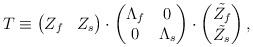
LaTeX: \begin{align*}T\equiv\begin{pmatrix}Z_{f} & Z_{s}\end{pmatrix}\cdot\begin{pmatrix}\Lambda_{f} & 0\\0 & \Lambda_{s}\end{pmatrix}\cdot\begin{pmatrix}\tilde{Z_{f}}\\\tilde{Z_{s}}\end{pmatrix},\end{align*}